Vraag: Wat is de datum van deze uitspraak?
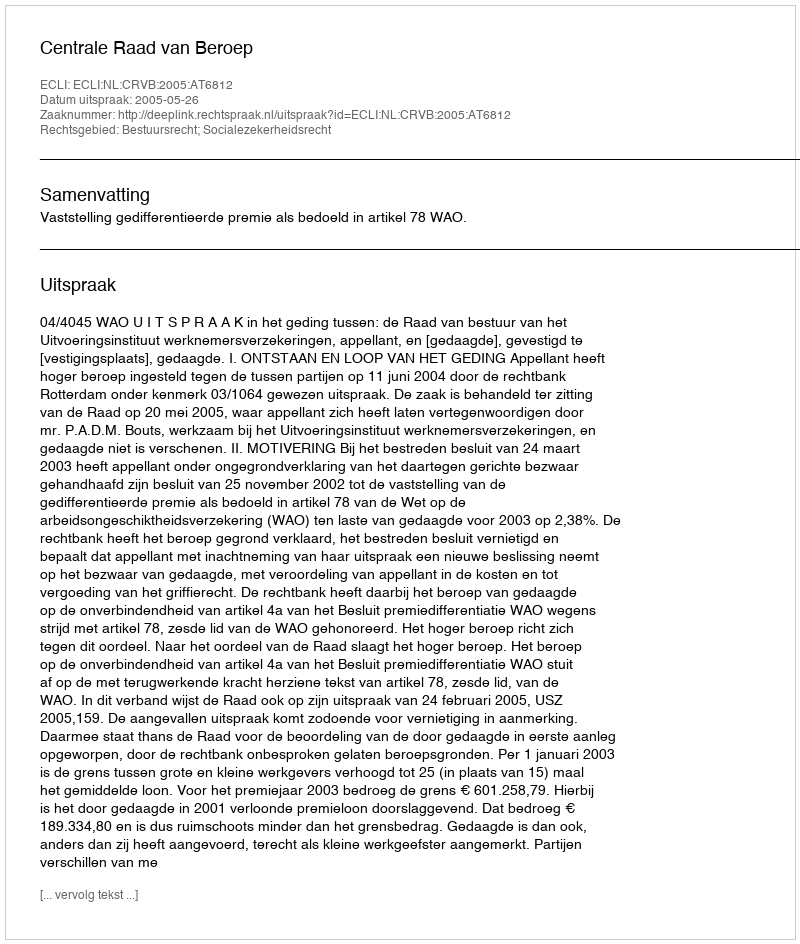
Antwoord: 2005-05-26